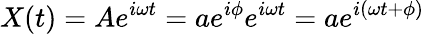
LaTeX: X(t)=Ae^{i\omega t}=ae^{i\phi}e^{i\omega t}=ae^{i(\omega t+\phi)}